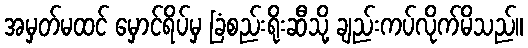
အမှတ်မထင် မှောင်ရိပ်မှ ခြံစည်းရိုးဆီသို့ ချည်းကပ်လိုက်မိသည်။